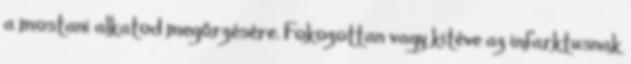
a mostani alkatod megőrzésére. Fokozottan vagy kitéve az infarktusnak